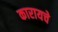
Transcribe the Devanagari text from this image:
कारायचे